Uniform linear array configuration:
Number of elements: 8
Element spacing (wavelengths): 0.5
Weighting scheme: blackman
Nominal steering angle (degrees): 30
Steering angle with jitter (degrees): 28.407
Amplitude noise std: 0.05
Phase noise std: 0.05

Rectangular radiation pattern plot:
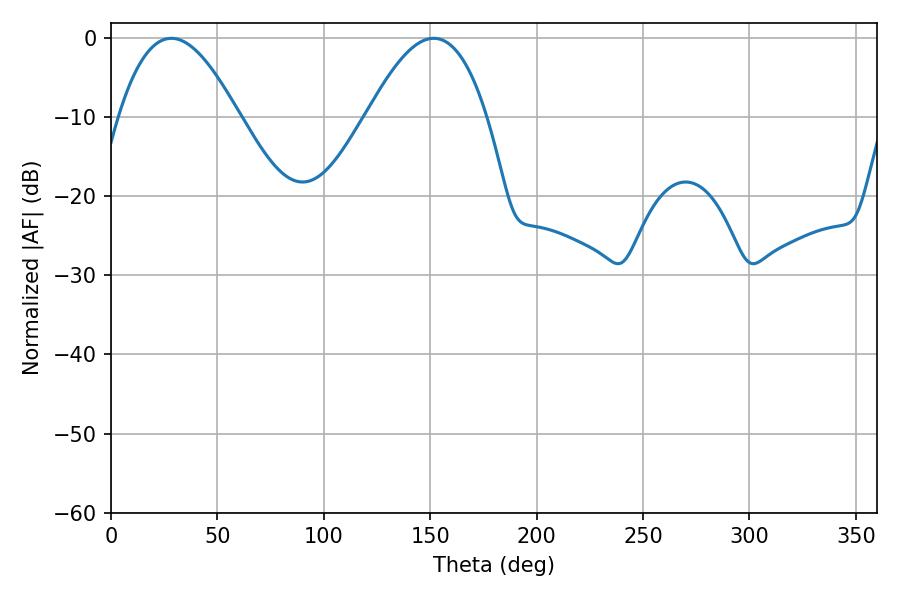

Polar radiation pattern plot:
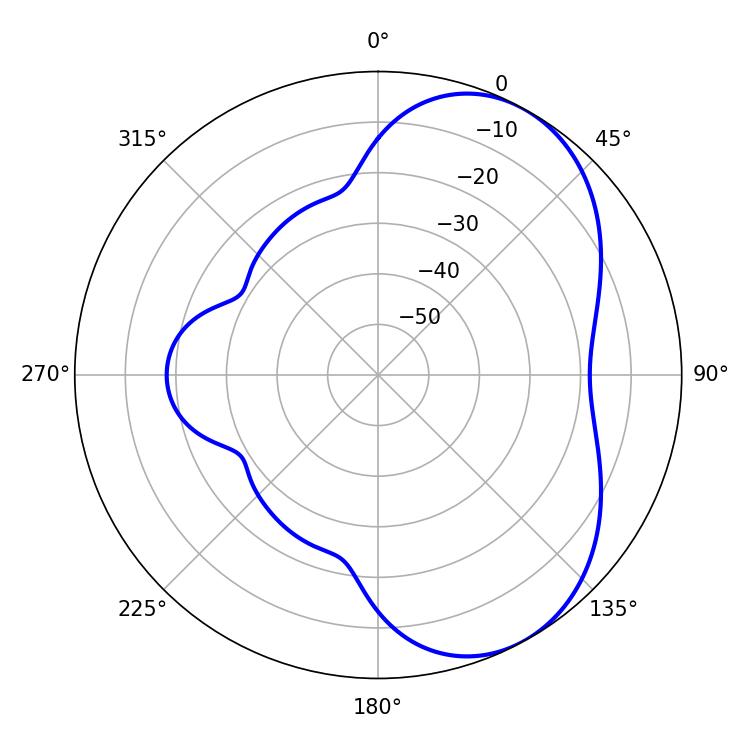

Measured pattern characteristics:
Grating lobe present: FALSE
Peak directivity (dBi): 5.376
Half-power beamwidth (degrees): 30.78
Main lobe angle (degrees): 28.44